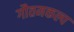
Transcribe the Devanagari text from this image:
गौतमकल्प